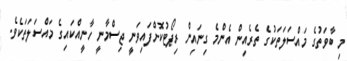
މި ބާވަތުގެ މައްސަލަތަކުގެ ތެރެއިން އެންމެ ގިނައިން ރިޕޯޓުކޮށްފައިވަނީ ޖިސްމާނީ ހާނީއްކައިގެ މައްސަލަތަކެވެ.